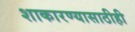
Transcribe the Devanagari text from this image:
शाकारण्यासाठीही